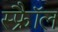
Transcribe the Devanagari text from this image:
स्फ्रैॉल